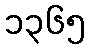
၁၃၆၅